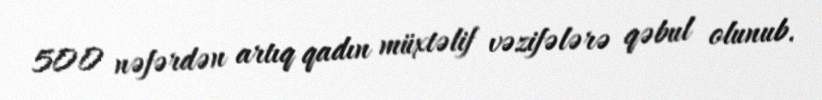
500 nəfərdən artıq qadın müxtəlif vəzifələrə qəbul olunub.